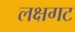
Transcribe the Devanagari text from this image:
लक्षगट